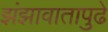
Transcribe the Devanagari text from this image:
झंझावातापुढे